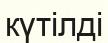
күтілді